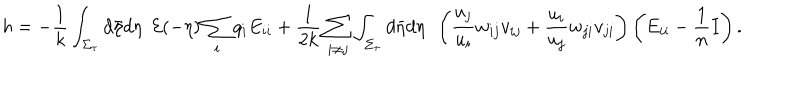
h = - \frac { 1 } { k } \int _ { \Sigma _ { \tau } } d \bar { \eta } d \eta ~ ~ { \cal E } ( - \eta ) \sum _ { i } q _ { i } E _ { i i } + \frac { 1 } { 2 k } \sum _ { i \neq j } \int _ { \Sigma _ { \tau } } d \bar { \eta } d \eta ~ ~ \left( \frac { u _ { j } } { u _ { i } } w _ { i j } v _ { i j } + \frac { u _ { i } } { u _ { j } } w _ { j i } v _ { j i } \right) \left( E _ { i i } - \frac { 1 } { n } I \right) .